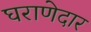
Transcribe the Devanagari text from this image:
घराणेदार